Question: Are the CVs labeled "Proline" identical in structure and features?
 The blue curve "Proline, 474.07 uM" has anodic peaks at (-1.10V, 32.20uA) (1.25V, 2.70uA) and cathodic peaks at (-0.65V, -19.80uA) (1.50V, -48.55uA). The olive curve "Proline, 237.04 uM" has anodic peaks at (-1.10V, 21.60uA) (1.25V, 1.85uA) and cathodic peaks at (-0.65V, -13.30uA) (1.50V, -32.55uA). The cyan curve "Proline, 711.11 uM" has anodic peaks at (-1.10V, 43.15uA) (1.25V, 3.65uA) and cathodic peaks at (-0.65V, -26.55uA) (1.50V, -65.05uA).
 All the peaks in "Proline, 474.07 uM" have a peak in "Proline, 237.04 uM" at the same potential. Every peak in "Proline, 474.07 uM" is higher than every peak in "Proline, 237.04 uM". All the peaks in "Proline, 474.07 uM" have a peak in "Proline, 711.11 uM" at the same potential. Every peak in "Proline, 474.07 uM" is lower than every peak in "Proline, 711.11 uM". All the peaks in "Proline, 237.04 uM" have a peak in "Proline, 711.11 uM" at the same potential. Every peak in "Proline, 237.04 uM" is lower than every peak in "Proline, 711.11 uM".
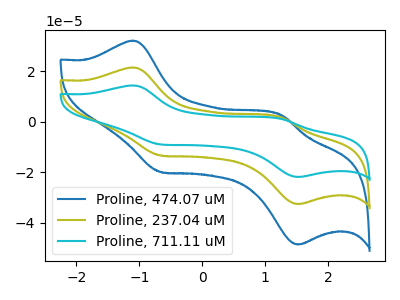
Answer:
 <answer>All the CV's of "Proline" have similar shape.</answer>
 <eval>follow_rule</eval>